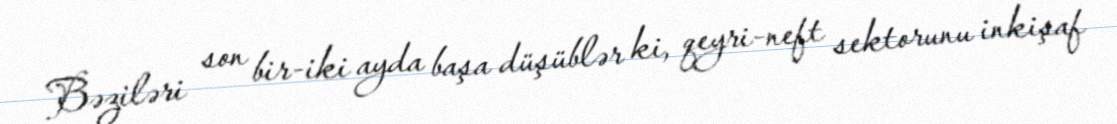
Bəziləri son bir-iki ayda başa düşüblər ki, qeyri-neft sektorunu inkişaf